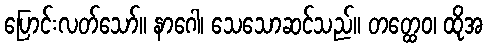
ပြောင်းလတ်သော်။ နာဂေါ၊ သေသောဆင်သည်။ တတ္ထေဝ၊ ထိုအ